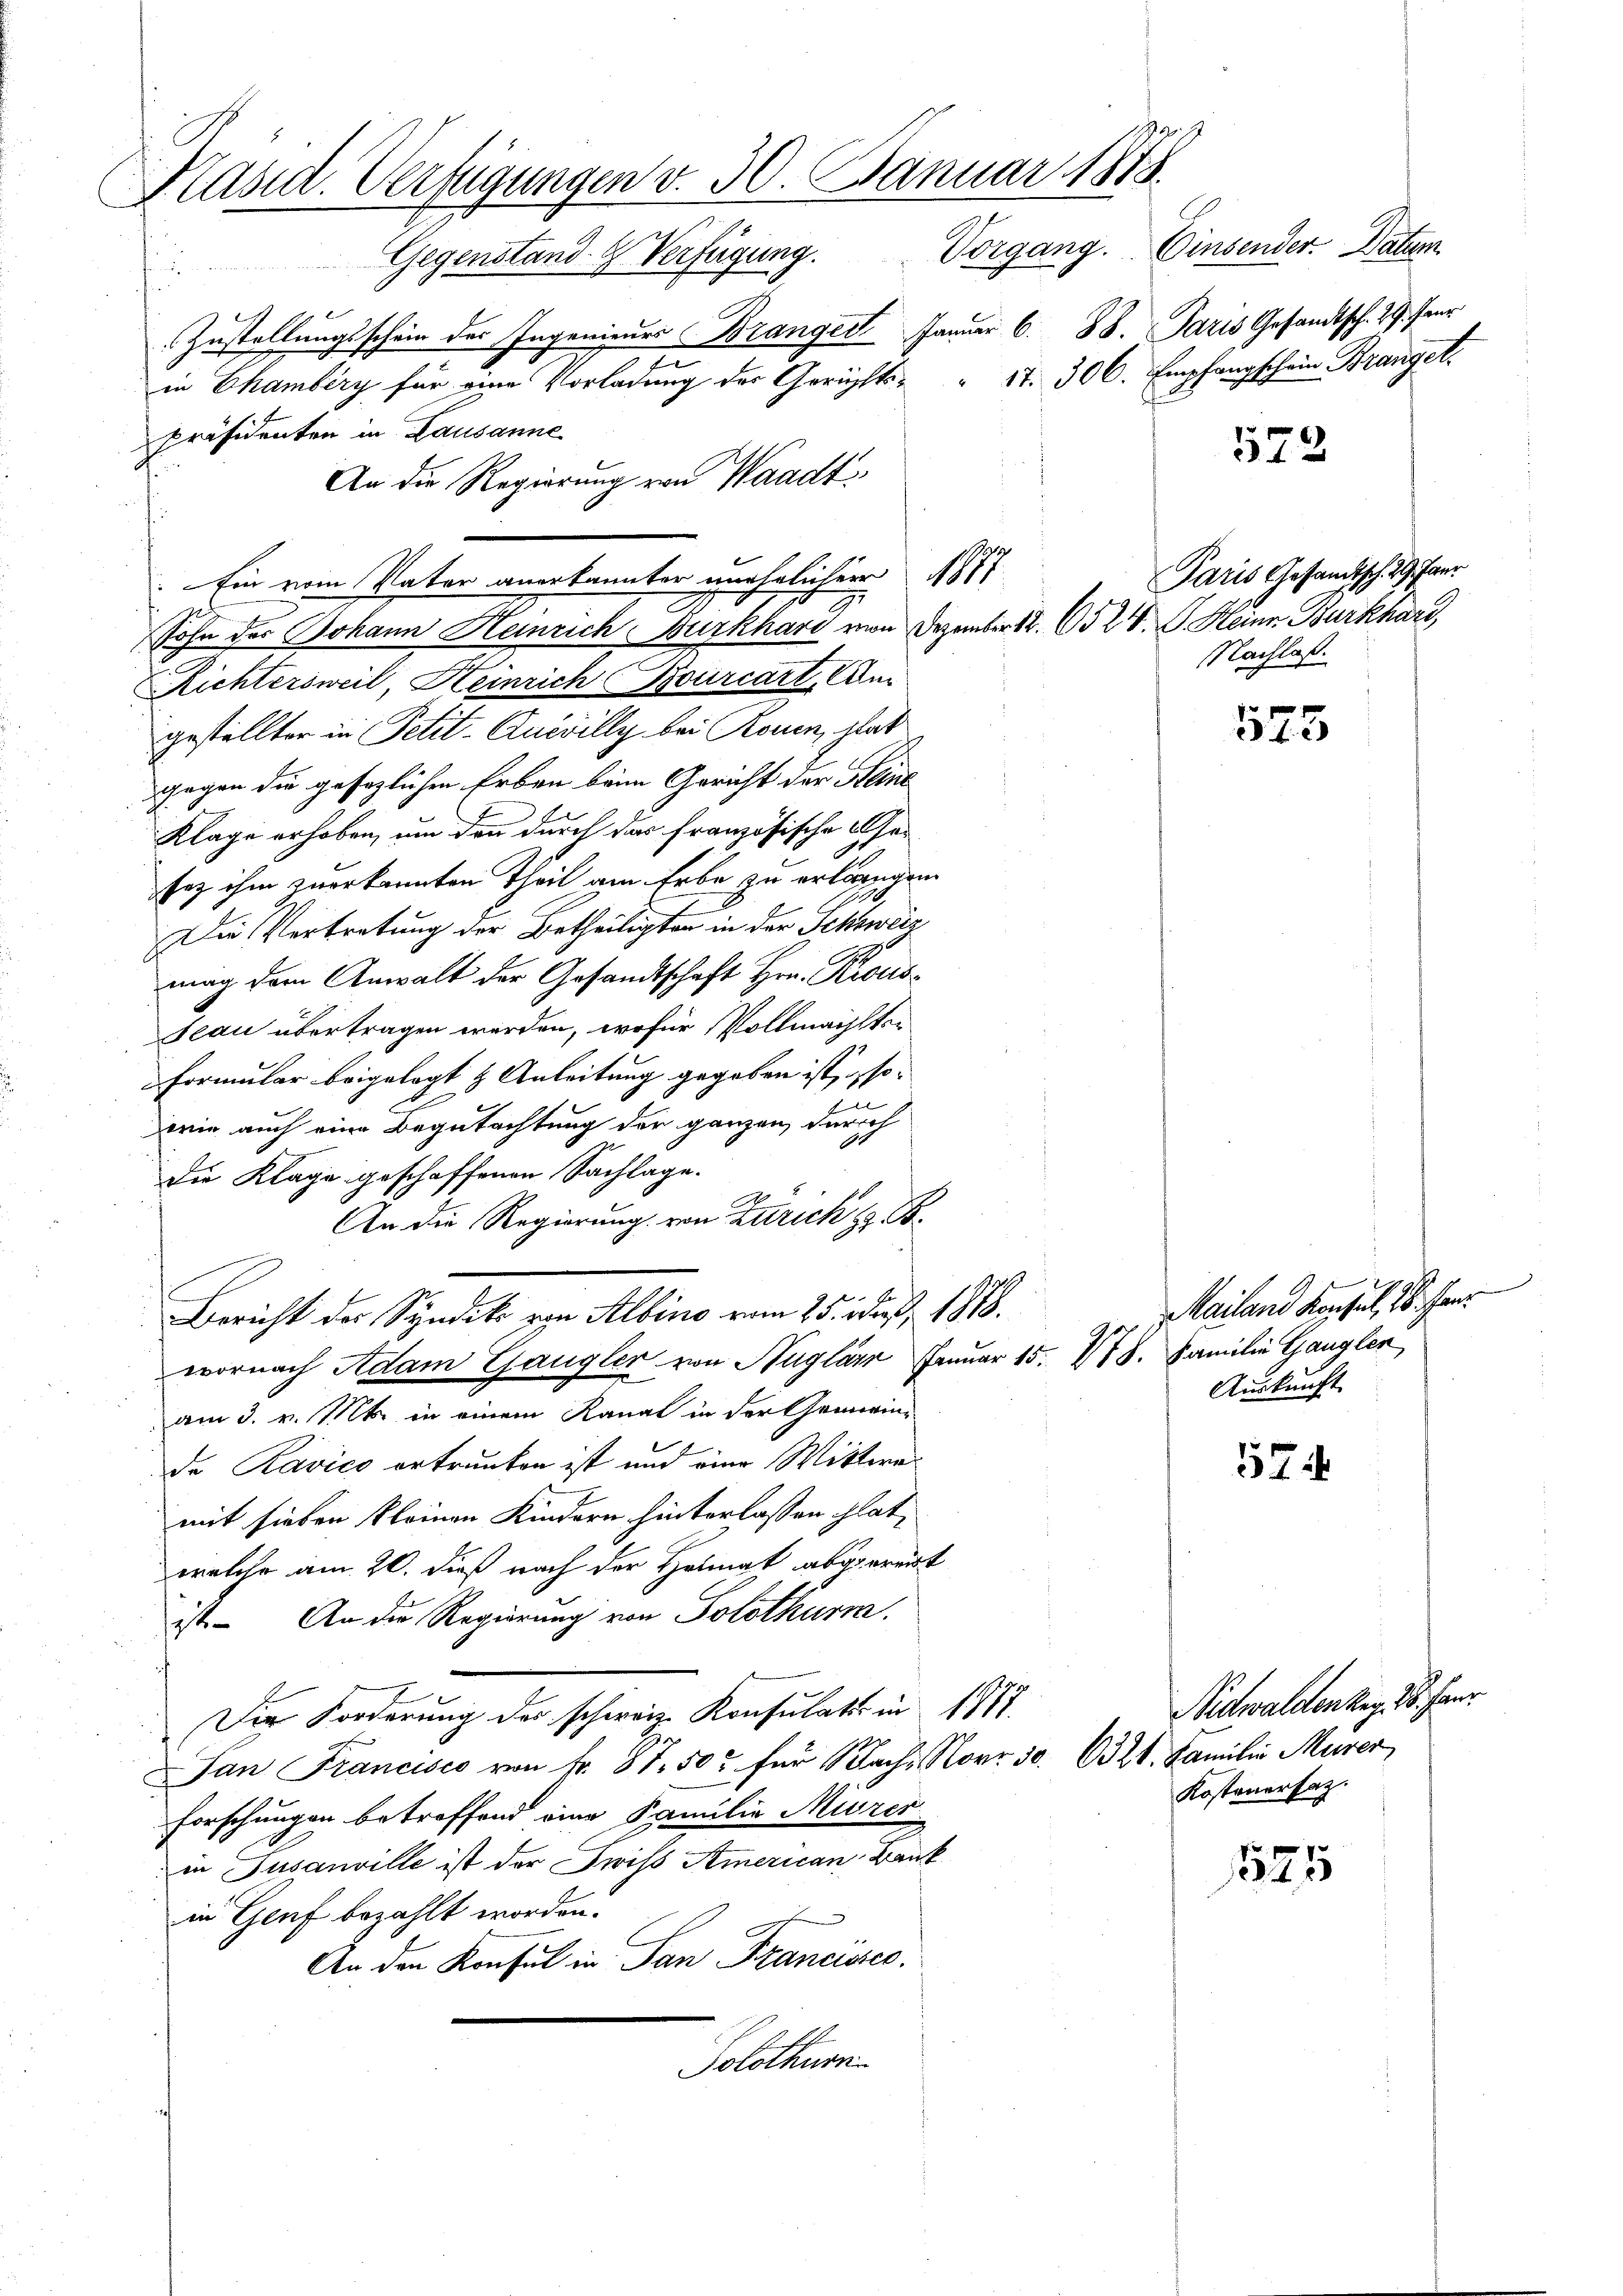
Kasid. Verfügungen v. 30. Januar 1878.
Gegenstand- & Verfügung. Vorgang. Einsender. Datum

Zustellungsschein des Ingenieurs Dranger Januar 6. 88. Paris Gesandtsch. 29. Feur
d
in Chamberg für eine Vorladung der Gerichts- " 17. 306. Empfangschein Branget.
Präsidenten in Lausanne
An die Regierung von Waadt,
Ein vom Vater anerkannter unehelicher 1887
sohn der Johann Heinrich Burkhard von Dezember 12. 65 24. Heinr. Burkhard
Richtersweil, Heinrich Bourcart, Am
gestellter in Petit-Anwilly bei Rouen, kat
gegen die gesezlichen Erben beim Gericht der Steine
Klage erhoben, um den durch das französische Gesez ihm zuerkannten Theil am Erbe zu erlangen
Die Vertretung der Betheiligten in der Schweiz
mag dem Anwalt der Gesandtschaft Hrn. Krons
seau übertragen werden, wofür Vollmachten
Formular beigelegt & Anleitung gegeben ist, so
1
wie auch eine Begutachtung der ganzen durch
Die Klage geschaffenen Sachlage.
An die Regierung von Zürich z. B.
Mailand Konsul, 18. Fer
Bericht der Syndik von Albino vom 25. der 1878.
wornach Adam Gangler von Nuglärn Januar 15. 148. Familie Gangler
Auskunft
am 3. v. Mts. in einem Kanal in der Gemein-
de Ravico ertrauten ist und eine Wittwa¬
574
mit sieben kleinen Kindern hinterlassen plat,
welche am 20. dieß nach der Heimat abgereit
ist. An die Regierung von Solothurm.
Nidwalden Reg. 18. Janr.
Die Forderung des schweiz. Konsulats in 1717
Jan Francisco von Fr. 87. 50 für Nachs Norr 50. 6321. Familie Murer
Kostenerfaz.
Forschungen betreffend eine Familie Misres
in Susanville ist der Swiss American Bank
525
in Genf bezahlt worden.
An den Konsul in San Francisses.
Solothurn.

572

Paris Gesandtsch. 29. Janr
Nachlaß.

575